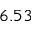
6 . 5 3